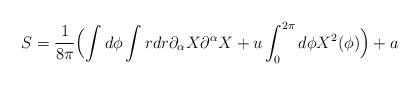
LaTeX: \begin{align*}S = \frac{1}{8\pi } \Bigl( \int d\phi \int r dr \partial_{\alpha} X \partial^{\alpha} X + u \int_{0}^{2\pi }d\phi X^{2} (\phi )\Bigr) + a\end{align*}